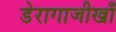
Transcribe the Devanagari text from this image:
डेरागाजीखाँ